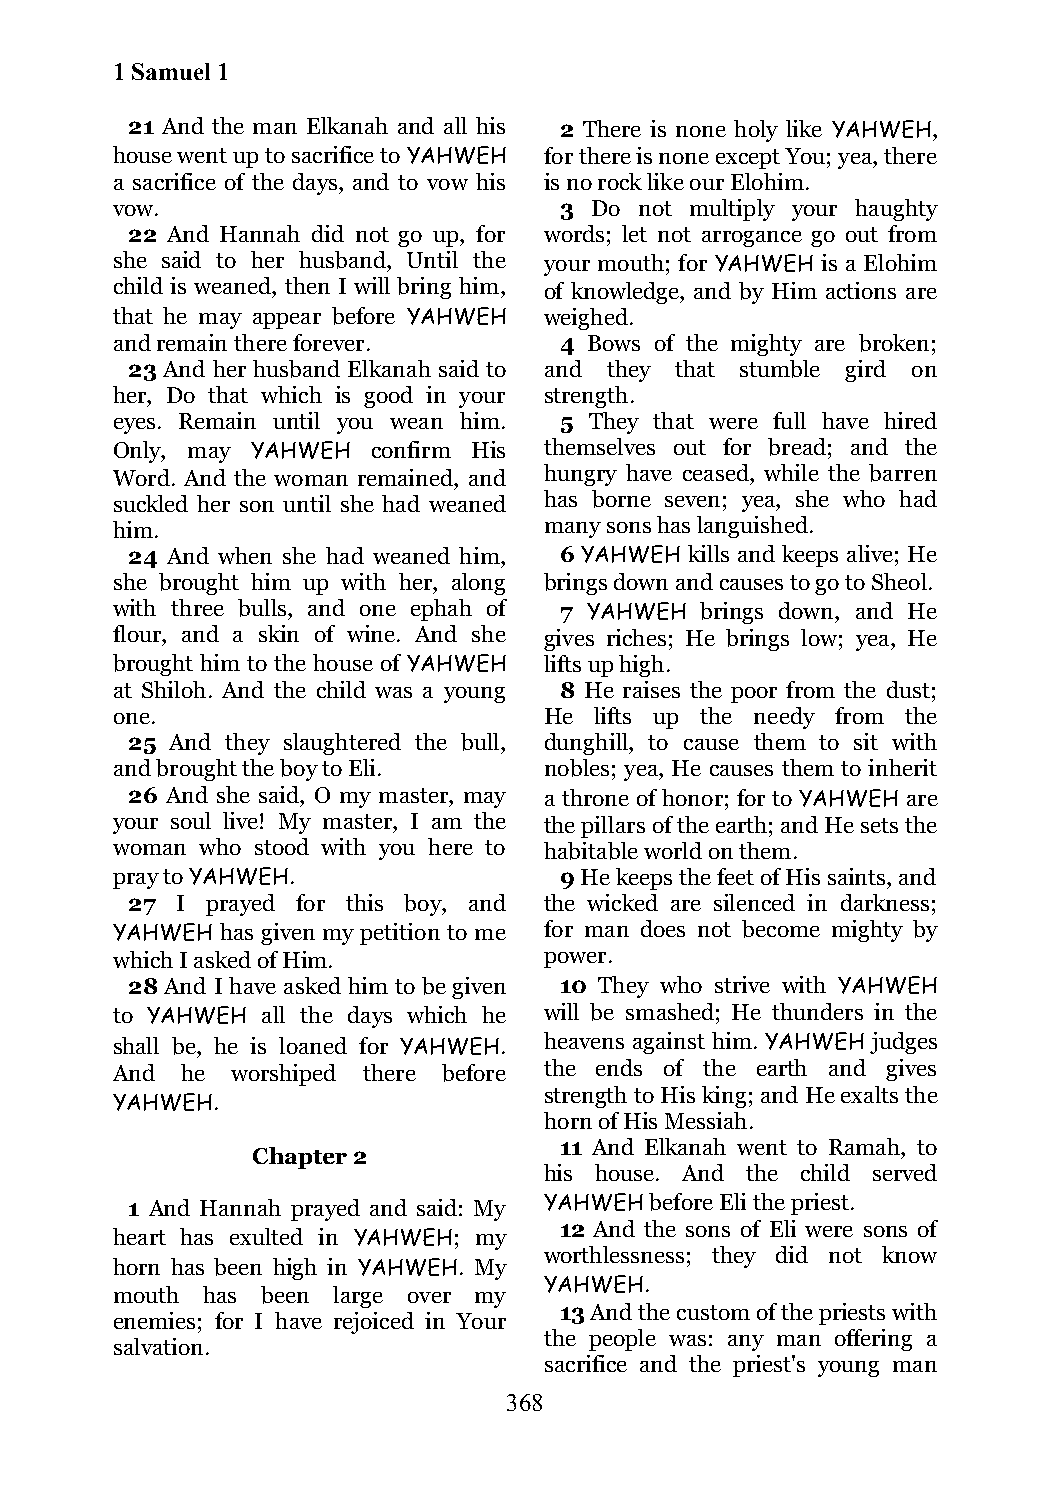
1 Samuel 1
 21 And the man Elkanah and all his 2 There is none holy like YAHWEH,
 house went up to sacrifice to YAHWEH for there is none except You; yea, there
 a sacrifice of the days, and to vow his is no rock like our Elohim.
 vow.                          3 Do not multiply your haughty
 22 And Hannah did not go up, for words; let not arrogance go out from
 she said to her husband, Until the your mouth; for YAHWEH is a Elohim
 child is weaned, then I will bring him, of knowledge, and by Him actions are
 that he may appear before YAHWEH weighed.
 and remain there forever.     4 Bows of the mighty are broken;
 23 And her husband Elkanah said to and they that stumble gird on
 her, Do that which is good in your strength.
 eyes. Remain until you wean him. 5 They that were full have hired
 Only, may YAHWEH  confirm His themselves out for bread; and the
 Word. And the woman remained, and hungry have ceased, while the barren
 suckled her son until she had weaned has borne seven; yea, she who had
 him.                         many sons has languished.
 24 And when she had weaned him, 6 YAHWEH kills and keeps alive; He
 she brought him up with her, along brings down and causes to go to Sheol.
 with three bulls, and one ephah of 7 YAHWEH brings down, and He
 flour, and a skin of wine. And she gives riches; He brings low; yea, He
 brought him to the house of YAHWEH lifts up high.
 at Shiloh. And the child was a young 8 He raises the poor from the dust;
 one.                         He lifts up the needy from the
 25 And they slaughtered the bull, dunghill, to cause them to sit with
 and brought the boy to Eli.  nobles; yea, He causes them to inherit
 26 And she said, O my master, may a throne of honor; for to YAHWEH are
 your soul live! My master, I am the the pillars of the earth; and He sets the
 woman who stood with you here to habitable world on them.
 pray to YAHWEH.               9 He keeps the feet of His saints, and
 27  I prayed for this boy, and the wicked are silenced in darkness;
 YAHWEH  has given my petition to me for man does not become mighty by
 which I asked of Him.        power.
 28 And I have asked him to be given 10 They who strive with YAHWEH
 to YAHWEH all the days which he will be smashed; He thunders in the
 shall be, he is loaned for YAHWEH. heavens against him. YAHWEH judges
 And  he worshiped there before the ends of the earth and gives
 strength to His king; and He exalts the
 YAHWEH.
 horn of His Messiah.
 11 And Elkanah went to Ramah, to
 Chapter 2
 his house. And the child served
 1 And Hannah prayed and said: My YAHWEH before Eli the priest.
 12 And the sons of Eli were sons of
 heart has exulted in YAHWEH; my
 worthlessness; they did not know
 horn has been high in YAHWEH. My
 YAHWEH.
 mouth has been large over my
 13 And the custom of the priests with
 enemies; for I have rejoiced in Your
 the people was: any man offering a
 salvation.
 sacrifice and the priest's young man
 368